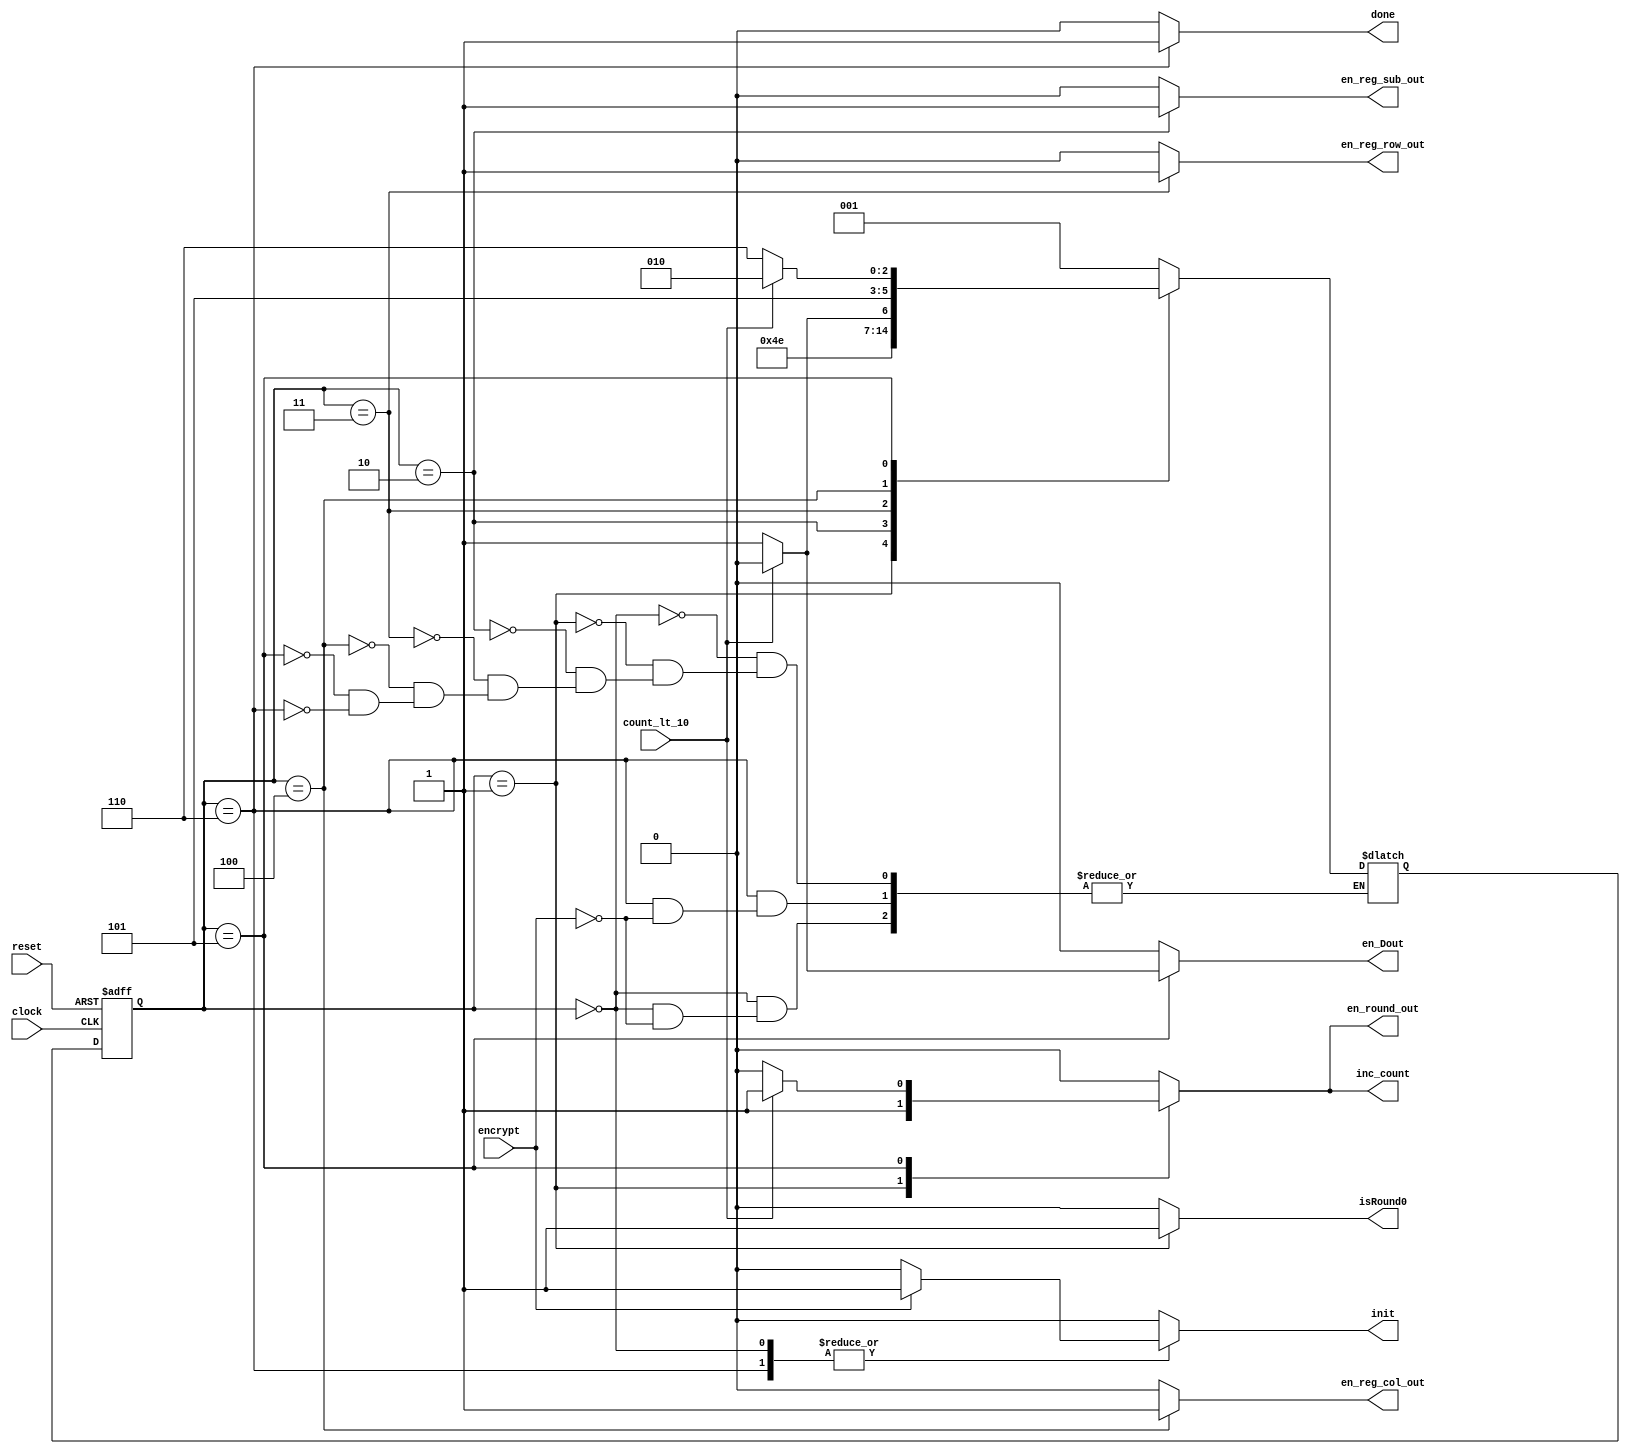
`timescale 1ns / 1ps

module ControlUnit_Enryption(
	output reg done, init, isRound0, en_round_out, inc_count, en_reg_sub_out, en_reg_row_out, en_reg_col_out, en_Dout, 
	input count_lt_10, encrypt, clock, reset
);
	parameter S0 = 3'd0, S1 = 3'd1, S2 = 3'd2, S3 = 3'd3, S4 = 3'd4, S5 = 3'd5, S6 = 3'd6;
	reg [2:0] current, next;
	
	always @(posedge clock, posedge reset) begin
		if (reset)
			current <= S0;
		else
			current <= next;
	end
	always @(*) begin
		done = 0;
		init = 0;
		en_round_out = 0;
		inc_count = 0;
		en_reg_sub_out = 0;
		en_reg_row_out = 0;
		en_reg_col_out = 0;
		en_Dout = 0;
		isRound0 = 0;
		case (current)
			S0: begin
				if (encrypt) begin
					init = 1;
					next = S1;
				end
			end
			S1: begin
				isRound0 = 1;
				en_round_out = 1;
				inc_count = 1;
				next = S2;
			end
			S2: begin 
				en_reg_sub_out = 1;
				next = S3;
			end
			S3: begin
				en_reg_row_out = 1;
				if (count_lt_10) begin
					next = S4;
				end
				else begin
					next = S5;
				end
			end
			S4: begin
				en_reg_col_out = 1;
				next = S5;
			end
			S5: begin
				if (count_lt_10) begin
					en_round_out = 1;
					inc_count = 1;
					next = S2;
				end
				else begin
					en_Dout = 1;
			      next = S6;
				end
			end
			S6: begin
				done = 1;
			   if (encrypt) begin
			      init = 1;
				   next = S1;
			   end
			end
		endcase
	end
endmodule